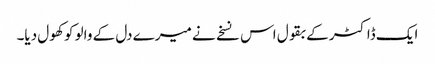
ایک ڈاکٹر کے بقول اس نسخے نے میرے دل کے والو کو کھول دیا۔